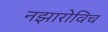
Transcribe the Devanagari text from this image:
नझारोविच